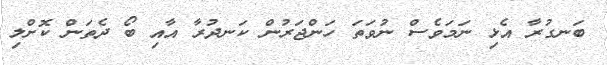
ބަނގުރާ އެޅި ނަމަވެސް ނުވަތަ ހަންޖަރުން ކަނދުރާ އާއި ބޯ ދެތަން ކޮށްލި